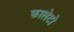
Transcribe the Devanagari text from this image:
फालेटो